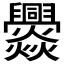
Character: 𱬲